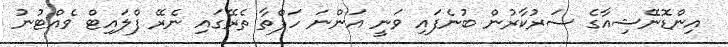
އިންޑޮނޭޝިއާގެ ސަރުކާރުން ބުނެފައި ވަނީ އަންނަ ހަފްތާ ތެރޭގައި ނެރޭ ފްލައިޓް ވެއްޓުނު